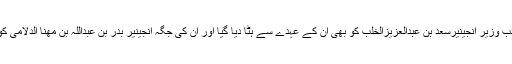
ٹرانسپورٹ کے نائب وزیر انجینیرسعد بن عبدالعزیزالخلب کو بھی ان کے عہدے سے ہٹا دیا گیا اور ان کی جگہ انجینیر بدر بن عبداللہ بن مھنا الدلامی کو یہ عہدہ سونپا گیا۔